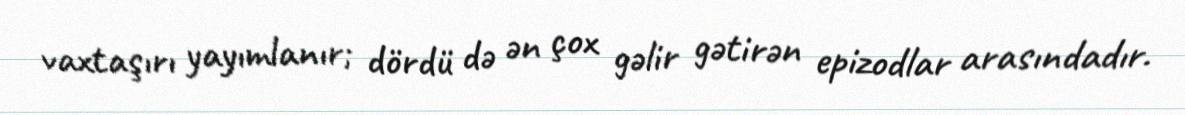
vaxtaşırı yayımlanır; dördü də ən çox gəlir gətirən epizodlar arasındadır.